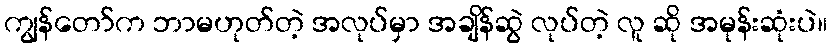
ကျွန်တော်က ဘာမဟုတ်တဲ့ အလုပ်မှာ အချိန်ဆွဲ လုပ်တဲ့ လူ ဆို အမုန်းဆုံးပဲ။